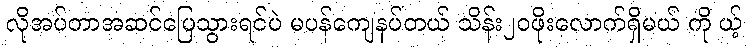
လိုအပ်တာအဆင်ပြေသွားရင်ပဲ မပန်ကျေနပ်တယ် သိန်း၂၀ဖိုးလောက်ရှိမယ် ကို ယ့်